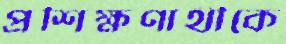
প্রশিক্ষণার্থীকে